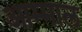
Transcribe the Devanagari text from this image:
आम्माल